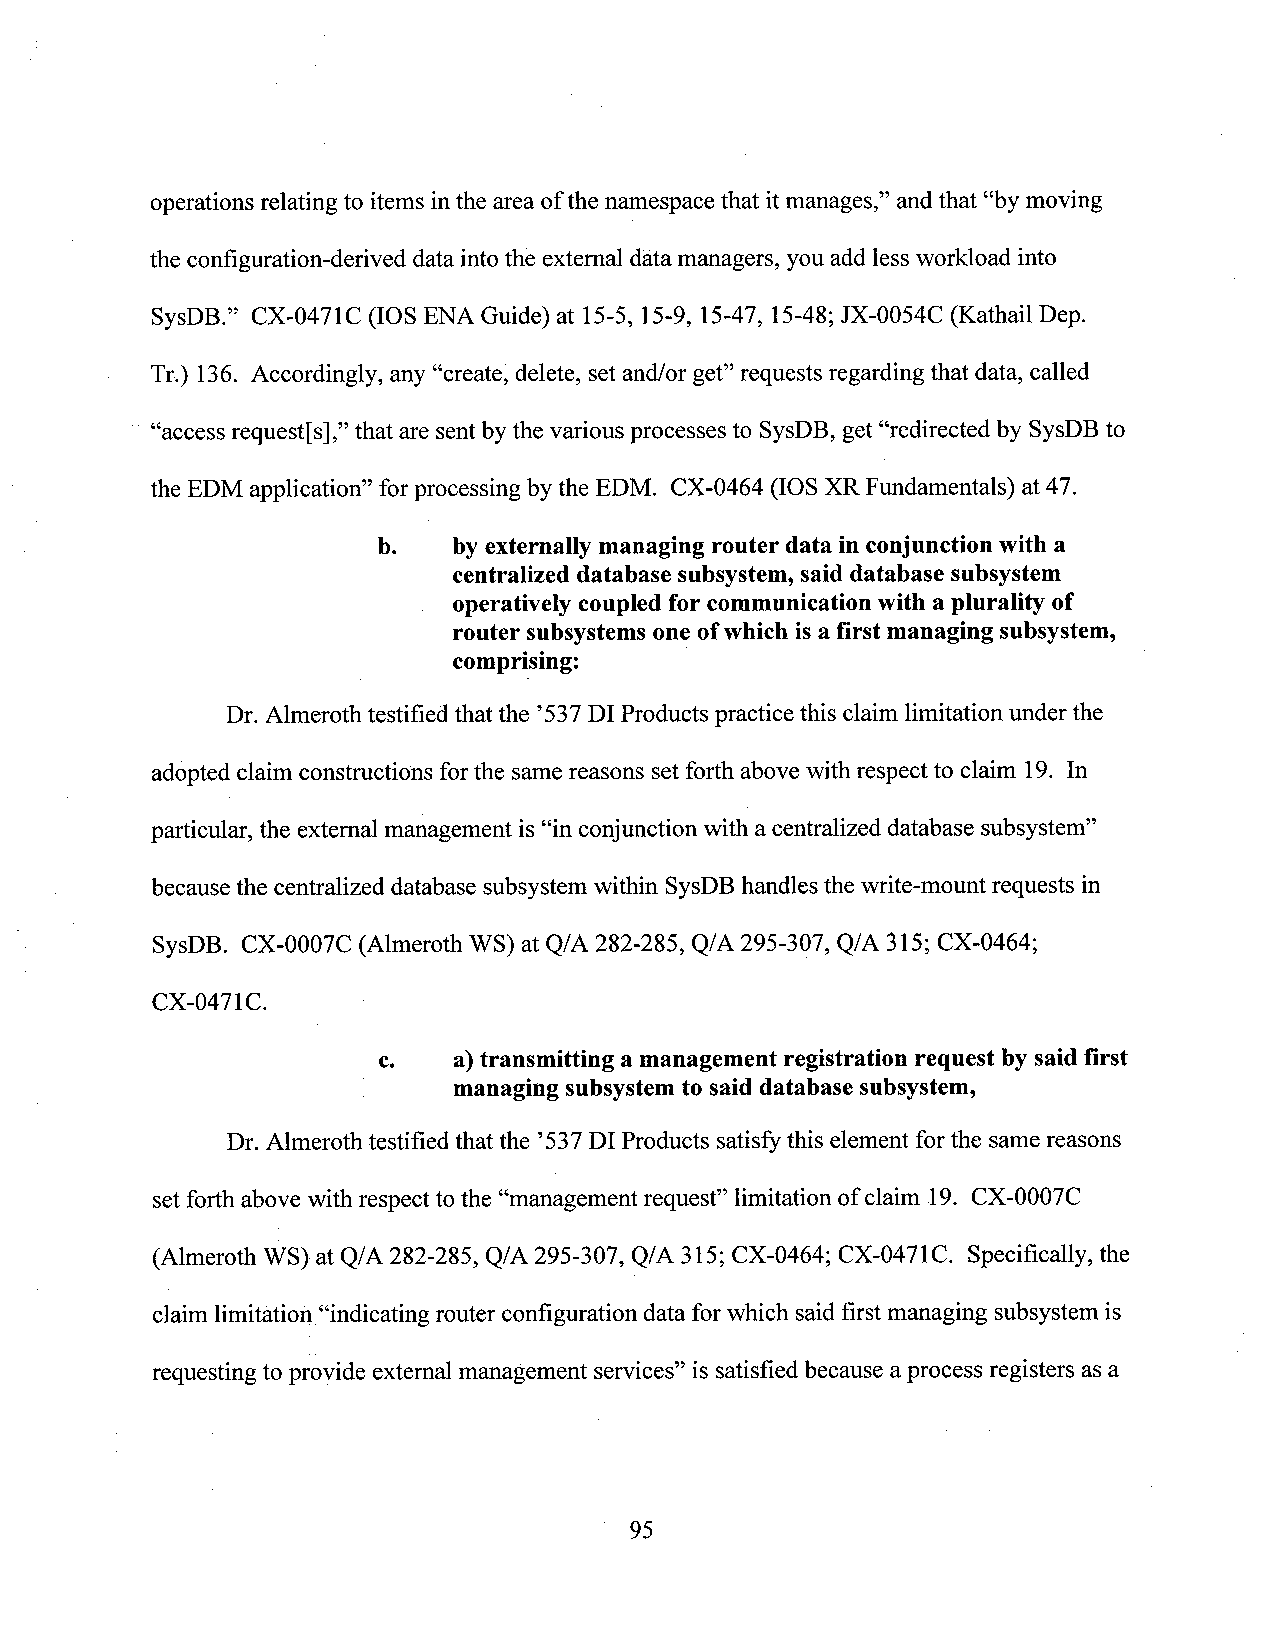
operationsrelating to items inthe area ofthe namespace that itmanages,” andthat “by moving
 the configuration-derived dataintothe extemal data managers, you add lessworkload into
 SysDB.” CX-0471C (IOS ENA Guide) at 15-5, 15-9, 15-47, 15-48;JX-0054C (Kathail Dep.
 Tr.) 136. Accordingly, any “create, delete, set and/or get”requests regarding that data, called
 “access request[s],” that are sentbythe various processes to SysDB, get“redirected by SysDB to
 the EDM application” forprocessing by the EDM. CX-0464 (IOS XR Fundamentals) at47.
 b.   byexternally managing router data in conjunction with a
 centralized database subsystem,said database subsystem
 operatively coupledfor communicationwith a plurality of
 router subsystems one ofwhich isa first managing subsystem,
 comprising:    i
 Dr.Almeroth testified that the ’537DI Products practice this claim limitation under the
 adopted claim constructions for the same reasons set forth above with respect to claim 19. In
 particular, the external management is “in conjunction with acentralized database subsystem”
 because the centralized database subsystem within SysDBhandles the write-mount requests in
 SysDB. CX-0007C (Almeroth WS) at Q/A 282-285, Q/A 295-307, Q/A 315; CX-0464;
 CX-0471C.
 c.   a)transmitting a management registration request by saidfirst
 i     managing subsystem to said database subsystem,
 Dr. Almeroth testified that the ’537DI Products satisfythis element forthe same reasons
 set forth above with respect to the “management request” limitation of claim 19. CX-0007C
 (Almeroth WS)-at Q/A 282-285, Q/A 295-307, Q/A 315; CX-0464; CX-0471C. Specifically, the
 claim limitation “indicating router configuration data forwhich saidfirst managing subsystem is
 requesting to provide external management services” is satisfied because a process registers asa
 95